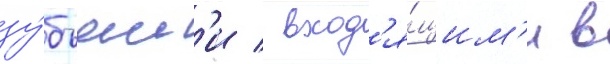
зу́бьям'и / вход'я́щим'и в